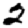
Digit: 2